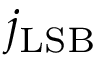
j _ { \mathrm { L S B } }